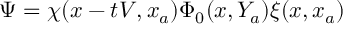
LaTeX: \Psi = \chi ( x - t V , x _ { a } ) \Phi _ { 0 } ( x , Y _ { a } ) \xi ( x , x _ { a } )